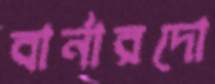
বার্নারদো